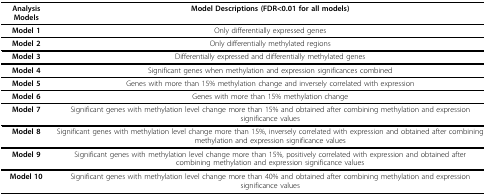
<table><thead><tr><td><b>Analysis Models</b></td><td><b>Model Descriptions (FDR&lt;0.01 for all models)</b></td></tr></thead><tbody><tr><td><b>Model 1</b></td><td>Only differentially expressed genes</td></tr><tr><td><b>Model 2</b></td><td>Only differentially methylated regions</td></tr><tr><td><b>Model 3</b></td><td>Differentially expressed and differentially methylated genes</td></tr><tr><td><b>Model 4</b></td><td>Significant genes when methylation and expression significances combined</td></tr><tr><td><b>Model 5</b></td><td>Genes with more than 15% methylation change and inversely correlated with expression</td></tr><tr><td><b>Model 6</b></td><td>Genes with more than 15% methylation change</td></tr><tr><td><b>Model 7</b></td><td>Significant genes with methylation level change more than 15% and obtained after combining methylation and expression significance values</td></tr><tr><td><b>Model 8</b></td><td>Significant genes with methylation level change more than 15%, inversely correlated with expression and obtained after combining methylation and expression significance values</td></tr><tr><td><b>Model 9</b></td><td>Significant genes with methylation level change more than 15%, positively correlated with expression and obtained after combining methylation and expression significance values</td></tr><tr><td><b>Model 10</b></td><td>Significant genes with methylation level change more than 40% and obtained after combining methylation and expression significance values</td></tr></tbody></table>